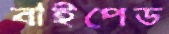
বাইপেড